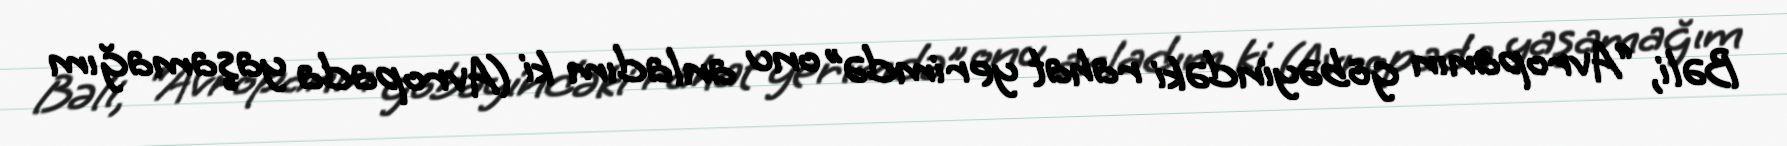
Bəli, “Avropanın göbəyindəki rahat yerimdə” onu anladım ki (Avropada yaşamağım